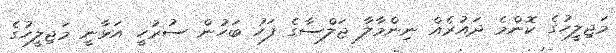
މަޖިލީހުގެ ކޮންމެ ދައުރެއް ނިންމާލާ ޖަލްސާގެ ފަހު ބަހުން ސުރުހީ އަޅާނީ މަޖިލީހުގެ